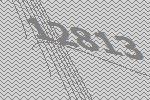
12813